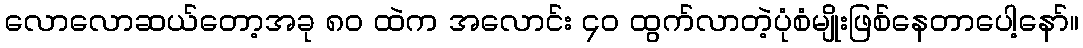
လောလောဆယ်တော့အခု ၈၀ ထဲက အလောင်း ၄၀ ထွက်လာတဲ့ပုံစံမျိုးဖြစ်နေတာပေါ့နော်။